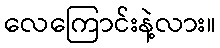
လေကြောင်းနဲ့လား။